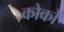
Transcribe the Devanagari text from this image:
कोकों